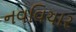
નવવિચાર